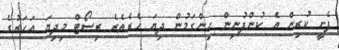
ފެށީ ކުރިން އެ ކުންފުނިން ހިންގަމުން ދިޔަ ހެރެތެރެ ރިސޯޓް މިދިޔަ އަހަރުގެ